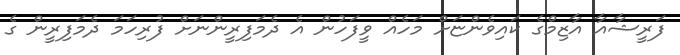
ފަރީޝާއާ އާޒިމްގެ ކައިވެންޏަށް މަހެއް ވީފަހުން އެ ދެމަފިރީންނަށް ފުރިހަމަ ދެމަފިރީން ގެ